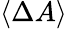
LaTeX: \langle\Delta A\rangle